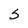
Character: 5